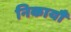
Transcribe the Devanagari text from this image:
निकायौं